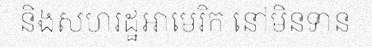
និងសហរដ្ឋអាមេរិក នៅមិនទាន់